Vaccination in the Punjab 1867-1880 - 1867-1880
Year: 1867
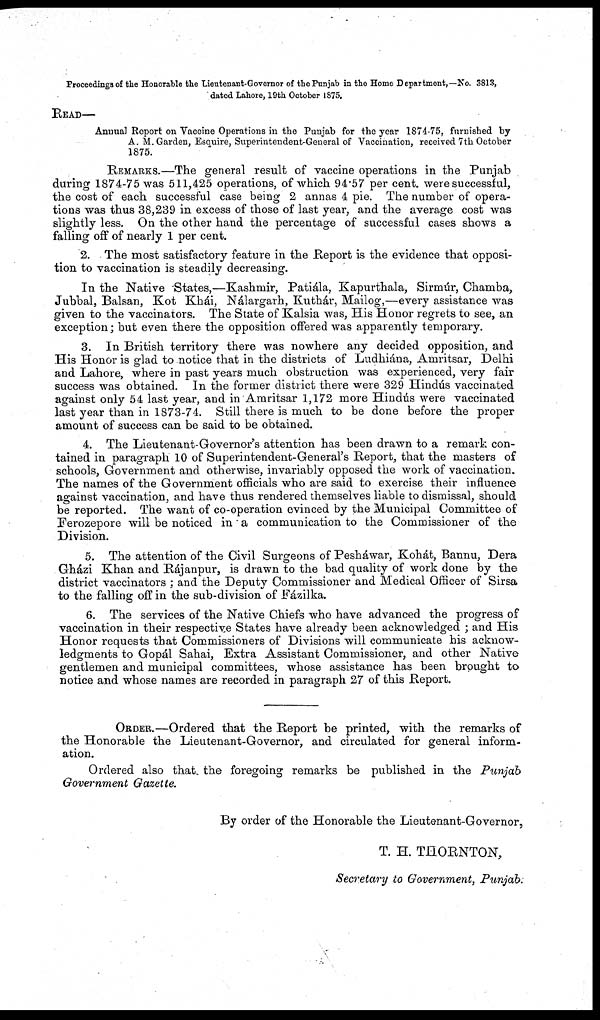
Proceedings of the Honorable the Lieutenant-Governor of the Punjab in the Home Department,—No. 3813,
dated Lahore, 19th October 1875.
READ—
Annual Report on Vaccine Operations in the Punjab for the year 1874-75, furnished by
A. M.Garden, Esquire, Superintendent-General of Vaccination, received 7th October
1875.
REMARKS.—The general result of vaccine operations in the Punjab
during 1874-75 was 511,425 operations, of which 94.57 per cent. were successful,
the cost of each successful case being 2 annas 4 pie. The number of opera-
tions was thus 38,239 in excess of those of last year, and the average cost was
slightly less. On the other hand the percentage of successful cases shows a
falling off of nearly 1 per cent.
2. The most satisfactory feature in the Report is the evidence that opposi-
tion to vaccination is steadily decreasing.
In the Native States,—Kashmir, Patiála, Kapurthala, Sirmur, Chamba,
Jubbal, Balsan, Kot Khái, Náalargarh, Kuthár, Mailog,—every assistance was
given to the vaccinators. The State of Kalsia was, His Honor regrets to see, an
exception; but even there the opposition offered was apparently temporary.
3. In British territory there was nowhere any decided opposition, and
His Honor is glad to notice that in the districts of Ludhiána, Amritsar, Delhi
and Lahore, where in past years much obstruction was experienced, very fair
success was obtained. In the former district there were 329 Hindús vaccinated
against only 54 last year, and in Amritsar 1,172 more Hindús were vaccinated
last year than in 1873-74. Still there is much to be done before the proper
amount of success can be said to be obtained.
4. The Lieutenant-Governor's attention has been drawn to a remark con-
tained in paragraph 10 of Superintendent-General's Report, that the masters of
schools, Government and otherwise, invariably opposed the work of vaccination.
The names of the Government officials who are said to exercise their influence
against vaccination, and have thus rendered themselves liable to dismissal, should
be reported. The want of co-operation evinced by the Municipal Committee of
Ferozepore will be noticed in ' a communication to the Commissioner of the
Division.
5. The attention of the Civil Surgeons of Pesháwar, Kohát, Bannu, Dera
Gházi Khan and Rájanpur, is drawn to the bad quality of work done by the
district vaccinators ; and the Deputy Commissioner and Medical Officer of Sirsa
to the falling off in the sub-division of Fázilka.
6. The services of the Native Chiefs who have advanced the progress of
vaccination in their respective States have already been acknowledged ; and His
Honor requests that Commissioners of Divisions will communicate his acknow-
ledgments to Gopál Sahai, Extra Assistant Commissioner, and other Native
gentlemen and municipal committees, whose assistance has been brought to
notice and whose names are recorded in paragraph 27 of this Report.
ORDER.—Ordered that the Report be printed, with the remarks of
the Honorable the Lieutenant-Governor, and circulated for general inform-
ation.
Ordered also that, the foregoing remarks be published in the Punjab
Government Gazette.
By order of the Honorable the Lieutenant-Governor,
T. H. THORNTON,
Secretary to Government, Punjab.